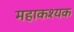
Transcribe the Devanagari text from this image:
महाकश्यक